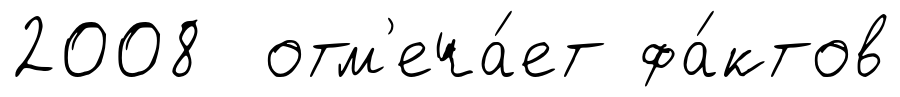
2008 отм'еча́ет фа́ктов